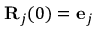
{ \bf R } _ { j } ( 0 ) = { \bf e } _ { j }